Scientific memoirs by medical officers of the Army of India - Part III,
Year: 1887
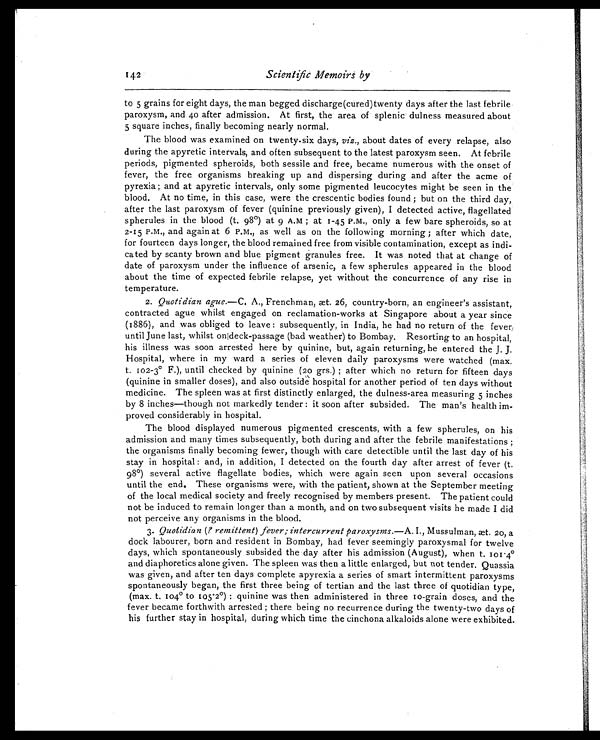
Scientific Memoirs by
to 5 grains for eight days, the man begged discharge(cured)twenty days after the last febrile
paroxysm, and 40 after admission. At first, the area of splenic dulness measured about
5 square inches, finally becoming nearly normal.
The blood was examined on twenty-six days, viz., about dates of every relapse, also
during the apyretic intervals, and often subsequent to the latest paroxysm seen. At febrile
periods, pigmented spheroids, both sessile and free, became numerous with the onset of
fever, the free organisms breaking up and dispersing during and after the acme of
pyrexia ; and at apyretic intervals, only some pigmented leucocytes might be seen in the
blood. At no time, in this case, were the crescentic bodies found ; but on the third day,
after the last paroxysm of fever (quinine previously given), I detected active, flagellated
spherules in the blood (t. 98˚) at 9 A.M ; at 1-45 P.M., only a few bare spheroids, so at
2-15 P.M., and again at 6 P.M., as well as on the following morning ; after which date,
for fourteen days longer, the blood remained free from visible contamination, except as indi-
cated by scanty brown and blue pigment granules free. It was noted that at change of
date of paroxysm under the influence of arsenic, a few spherules appeared in the blood
about the time of expected febrile relapse, yet without the concurrence of any rise in
temperature.
2. Quotidian ague.—C. A., Frenchman, æt. 26, country-born, an engineer's assistant,
contracted ague whilst engaged on reclamation-works at Singapore about a year since
(1886), and was obliged to leave : subsequently, in India, he had no return of the fever,
until June last, whilst ondeck-passage (bad weather) to Bombay. Resorting to an hospital,
his illness was soon arrested here by quinine, but, again returning, he entered the J . J.
Hospital, where in my ward a series of eleven daily paroxysms were watched (max.
t. 102-3˚ F.), until checked by quinine (20 grs.) ; after which no return for fifteen days
(quinine in smaller doses), and also outside hospital for another period of ten days without
medicine. The spleen was at first distinctly enlarged, the dulness-area measuring 5 inches
by 8 inches—though not markedly tender : it soon after subsided. The man's health im-
proved considerably in hospital.
The blood displayed numerous pigmented crescents, with a few spherules, on his
admission and many times subsequently, both during and after the febrile manifestations ;
the organisms finally becoming fewer, though with care detectible until the last day of his
stay in hospital : and, in addition, I detected on the fourth day after arrest of fever (t.
98˚) several active flagellate bodies, which were again seen upon several occasions
until the end. These organisms were, with the patient, shown at the September meeting
of the local medical society and freely recognised by members present. The patient could
not be induced to remain longer than a month, and on two subsequent visits he made I did
not perceive any organisms in the blood.
3. Quotidian (? remittent) fever; intercurrent paroxysms.— A . I., Mussulman, æt. 20, a
dock labourer, born and resident in Bombay, had fever seemingly paroxysmal for twelve
days, which spontaneously subsided the day after his admission (August), when t. 101.4å
nd diaphoretics alone given. The spleen was then a little enlarged, but not tender. Quassia
was given, and after ten days complete apyrexia a series of smart intermittent paroxysms
spontaneously began, the first three being of tertian and the last three of quotidian type,
(max. t. 104˚ to 105 . 2˚) : q u i n i n e w a s t h e n a d m i n i s t e r e d i n t h r e e 1 0 - g r a i n d o s e s , a n d t h e
fever became forthwith arrested ; there being no recurrence during the twenty-two days of
his further stay in hospital, during which time the cinchona alkaloids alone were exhibited.
142